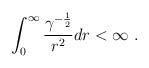
\begin{align*}\int ^ \infty _ 0 {{\gamma ^{-{1 \over 2} }\over {r^2} }} dr <\infty\ .\end{align*}